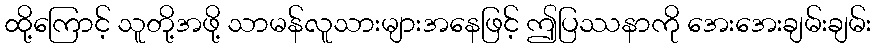
ထို့ကြောင့် သူတို့အဖို့ သာမန်လူသားများအနေဖြင့် ဤပြဿနာကို အေးအေးချမ်းချမ်း